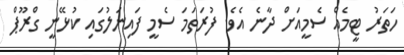
ހަތަރު ޓީމެއް ސެމީއަށް ދާނެ އެވެ. ފުރަތަމަ ސެމީ ފައިނަލުގައި ކުޅޭނީ ގްރޫޕް